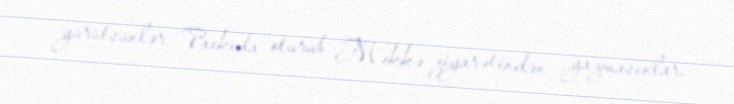
yürütsünlər, Bakıda oturub Məkkə ziyarətindən yazmasınlar.